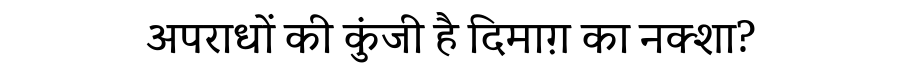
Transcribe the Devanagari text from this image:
अपराधों की कुंजी है दिमाग़ का नक्शा?